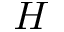
H